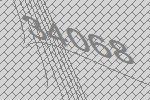
34068